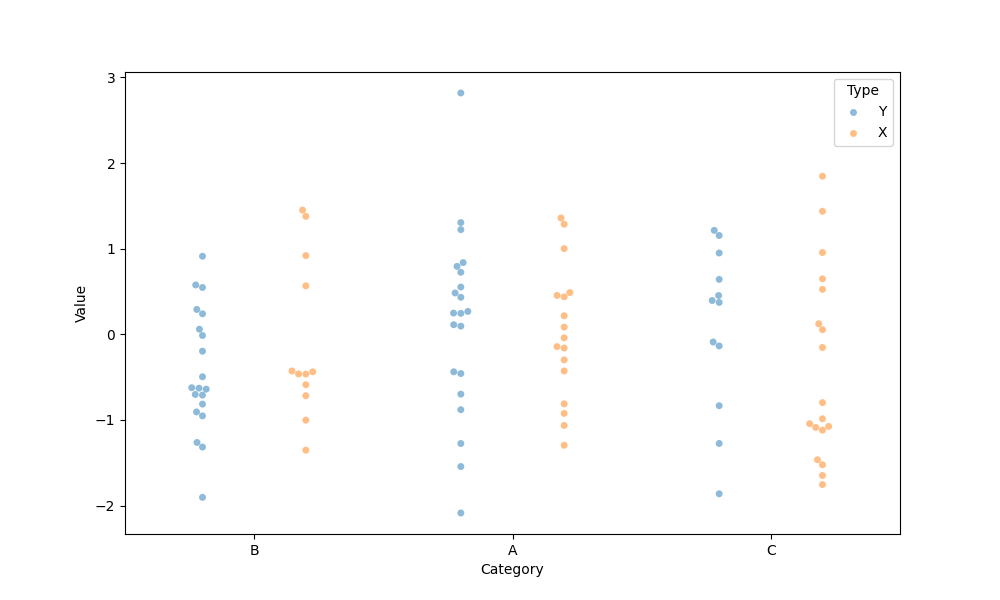
python, seaborn, swarmplot, dodge=True, alpha=0.5, size=5